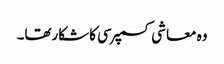
وہ معاشی کسمپرسی کاشکارتھا۔